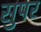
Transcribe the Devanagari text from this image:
सुपर